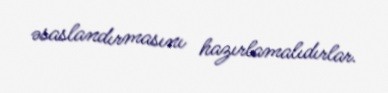
əsaslandırmasını hazırlamalıdırlar.